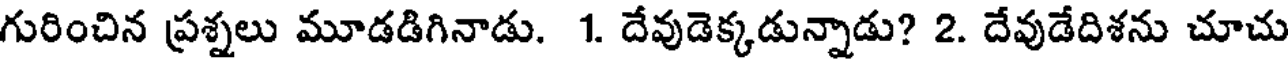
గురించిన ప్రశ్నలు మూడడిగినాడు. 1. దేవుడెక్కడున్నాడు? 2. దేవుడేదిశను చూచు